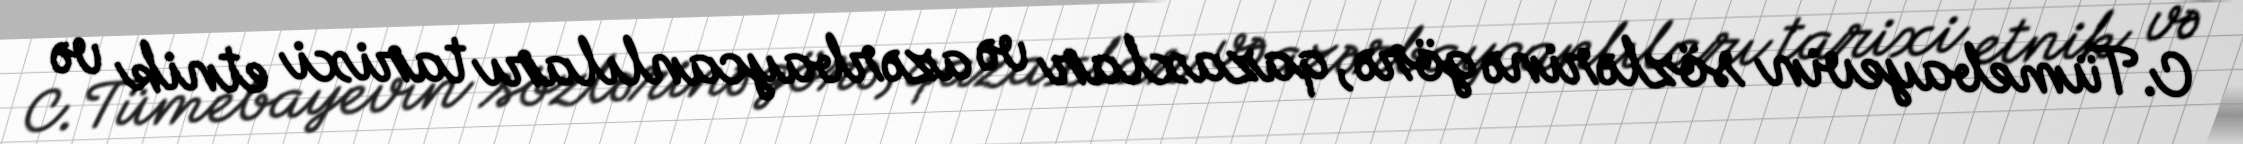
C.Tümebayevin sözlərinə görə, qazaxlar və azərbaycanlıları tarixi etnik və